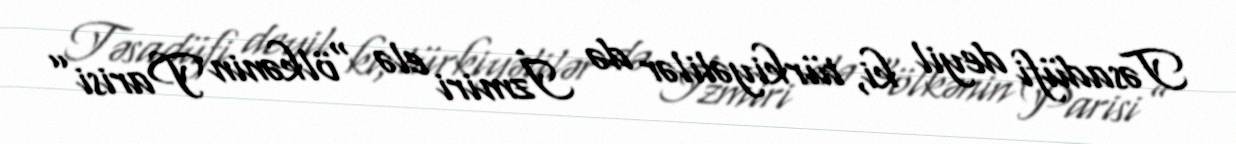
Təsadüfi deyil ki, türkiyəlilər də İzmiri elə “ölkənin Parisi”